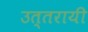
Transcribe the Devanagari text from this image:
उत्तरायी